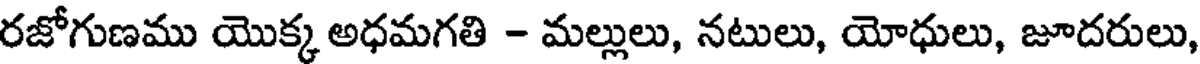
రజోగుణము యొక్క అధమగతి - మల్లులు, నటులు, యోధులు, జూదరులు,